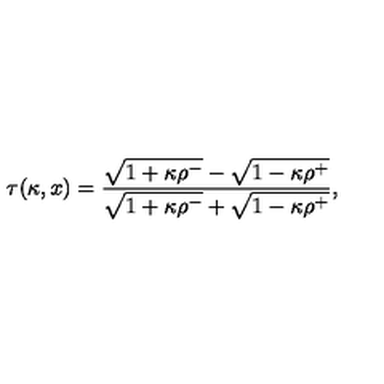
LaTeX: \tau ( \kappa , x ) = { \frac { \sqrt { 1 + \kappa \rho ^ { - } } - \sqrt { 1 - \kappa \rho ^ { + } } } { \sqrt { 1 + \kappa \rho ^ { - } } + \sqrt { 1 - \kappa \rho ^ { + } } } } ,